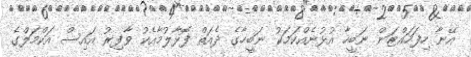
އޭނާ ހިފަހައްޓަން ނަބީހާ އުޅުނެއްކަމަކު ނަބީހާގެ ދެއަތް ފޮޅާލުމާއެކު ވާފިރު އައިސް އަކްމަލްގެ